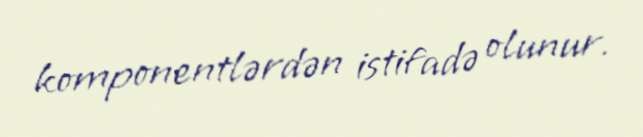
komponentlərdən istifadə olunur.